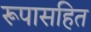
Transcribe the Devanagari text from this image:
रूपासहित